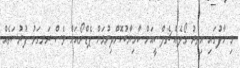
މި ހާފުގައި އިތުރު ގޯލެއް ޗެލްސީއަށް ކާމިޔާބުކޮށްދިނުމަށް ޕެޑްރޯއަށް ވެސް ރަނގަޅު ފުރުސަތެއް